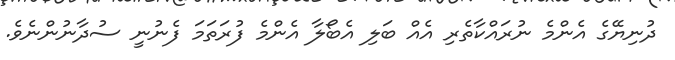
ދުނިޔޭގެ އެންމެ ނުރައްކާތެރި އެއް ބަލި އެބޯލާ އެންމެ ފުރަތަމަ ފެނުނީ ސުދާނުންނެވެ.